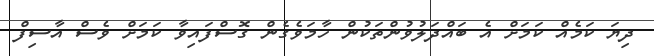
ދިޔަ ކަމެއް ކަމަށް އެ ބައްދަލުވުންތަކުން ހާމަވެގެން ގޮސްފައިވާ ކަމަށް ވެސް އާސިފް